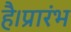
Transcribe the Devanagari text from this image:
है।प्रारंभ